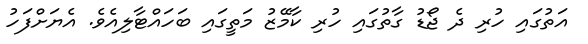
އަތުގައި ހުރި ދެ ޖޯޑު ގާތުގައި ހުރި ކާމޭޒު މަތީގައި ބަހައްޓާލިއެވެ. އެޔަށްފަހު